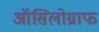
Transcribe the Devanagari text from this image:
ऑसिलोग्राफ